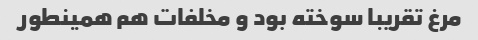
مرغ تقریبا سوخته بود و مخلفات هم همینطور